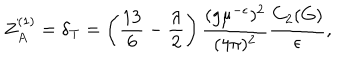
LaTeX: Z _ { A } ^ { ( 1 ) } = \delta _ { \mathrm { T } } = \left( \frac { 1 3 } 6 - \frac \lambda 2 \right) \frac { ( g \mu ^ { - \epsilon } ) ^ { 2 } } { ( 4 \pi ) ^ { 2 } } \frac { C _ { 2 } ( G ) } { \epsilon } ,